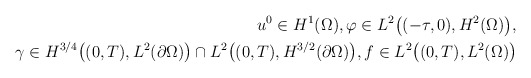
\begin{align*} u^{0} \in H^{1}(\Omega), \varphi \in L^{2}\big((-\tau, 0), H^{2}(\Omega)\big), \\ \gamma \in H^{3/4}\big((0, T), L^{2}(\partial \Omega)\big) \cap L^{2}\big((0, T), H^{3/2}(\partial \Omega)\big), f \in L^{2}\big((0, T), L^{2}(\Omega)\big) \end{align*}